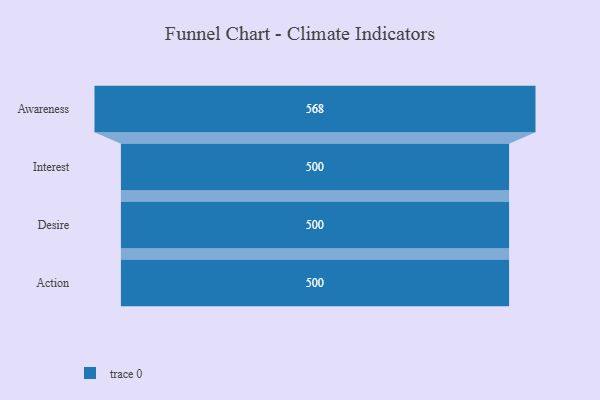
{"axis": {"x": "Stage", "y": "Value"}, "legend": [""], "data": [{"x": "Awareness", "y": 568.0, "type": ""}, {"x": "Interest", "y": 500, "type": ""}, {"x": "Desire", "y": 500, "type": ""}, {"x": "Action", "y": 500, "type": ""}]}